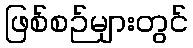
ဖြစ်စဉ်များတွင်